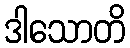
ဒါသောတိ